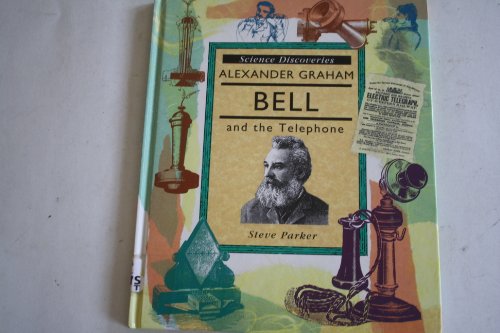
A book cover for Alexander Graham Bell and the Telephone (Science Discoveries); Steve Parker; Children's Books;